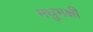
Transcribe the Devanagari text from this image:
मधुभक्षी